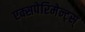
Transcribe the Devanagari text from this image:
एक्सपेरिमेन्ट्‌स्